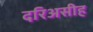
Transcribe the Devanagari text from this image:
दरिअसीह